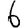
Digit: 6